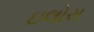
ઇલોરા